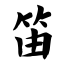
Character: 笛